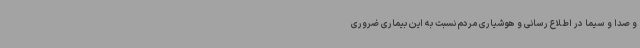
و صدا و سیما در اطلاع رسانی و هوشیاری مردم نسبت به این بیماری ضروری